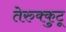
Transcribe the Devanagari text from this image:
तेरुक्कुटू